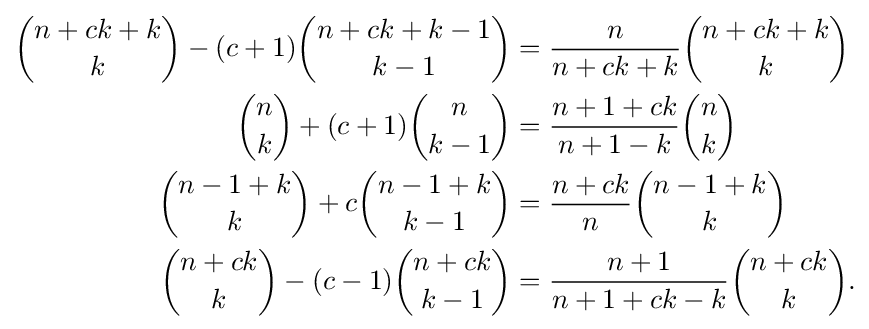
{\begin{aligned}{\binom {n+ck+k}{k}}-(c+1){\binom {n+ck+k-1}{k-1}}&={\frac {n}{n+ck+k}}{\binom {n+ck+k}{k}}\\{\binom {n}{k}}+(c+1){\binom {n}{k-1}}&={\frac {n+1+ck}{n+1-k}}{\binom {n}{k}}\\{\binom {n-1+k}{k}}+c{\binom {n-1+k}{k-1}}&={\frac {n+ck}{n}}{\binom {n-1+k}{k}}\\{\binom {n+ck}{k}}-(c-1){\binom {n+ck}{k-1}}&={\frac {n+1}{n+1+ck-k}}{\binom {n+ck}{k}}.\end{aligned}}